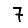
Digit: 7